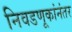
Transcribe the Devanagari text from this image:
निवडणूकांनंतर